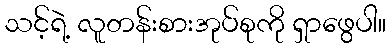
သင့်ရဲ့ လူတန်းစားအုပ်စုကို ရှာဖွေပါ။